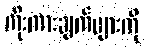
ကိုးကားချက်များကို